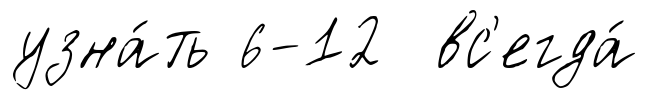
узна́ть 6-12 вс'егда́